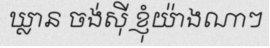
ឃ្លាន ចង់ស៊ី ខ្ញុំយ៉ាងណាៗ